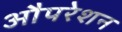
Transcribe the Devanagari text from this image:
औपरेशन